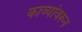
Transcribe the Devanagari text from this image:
काव्यांवरून